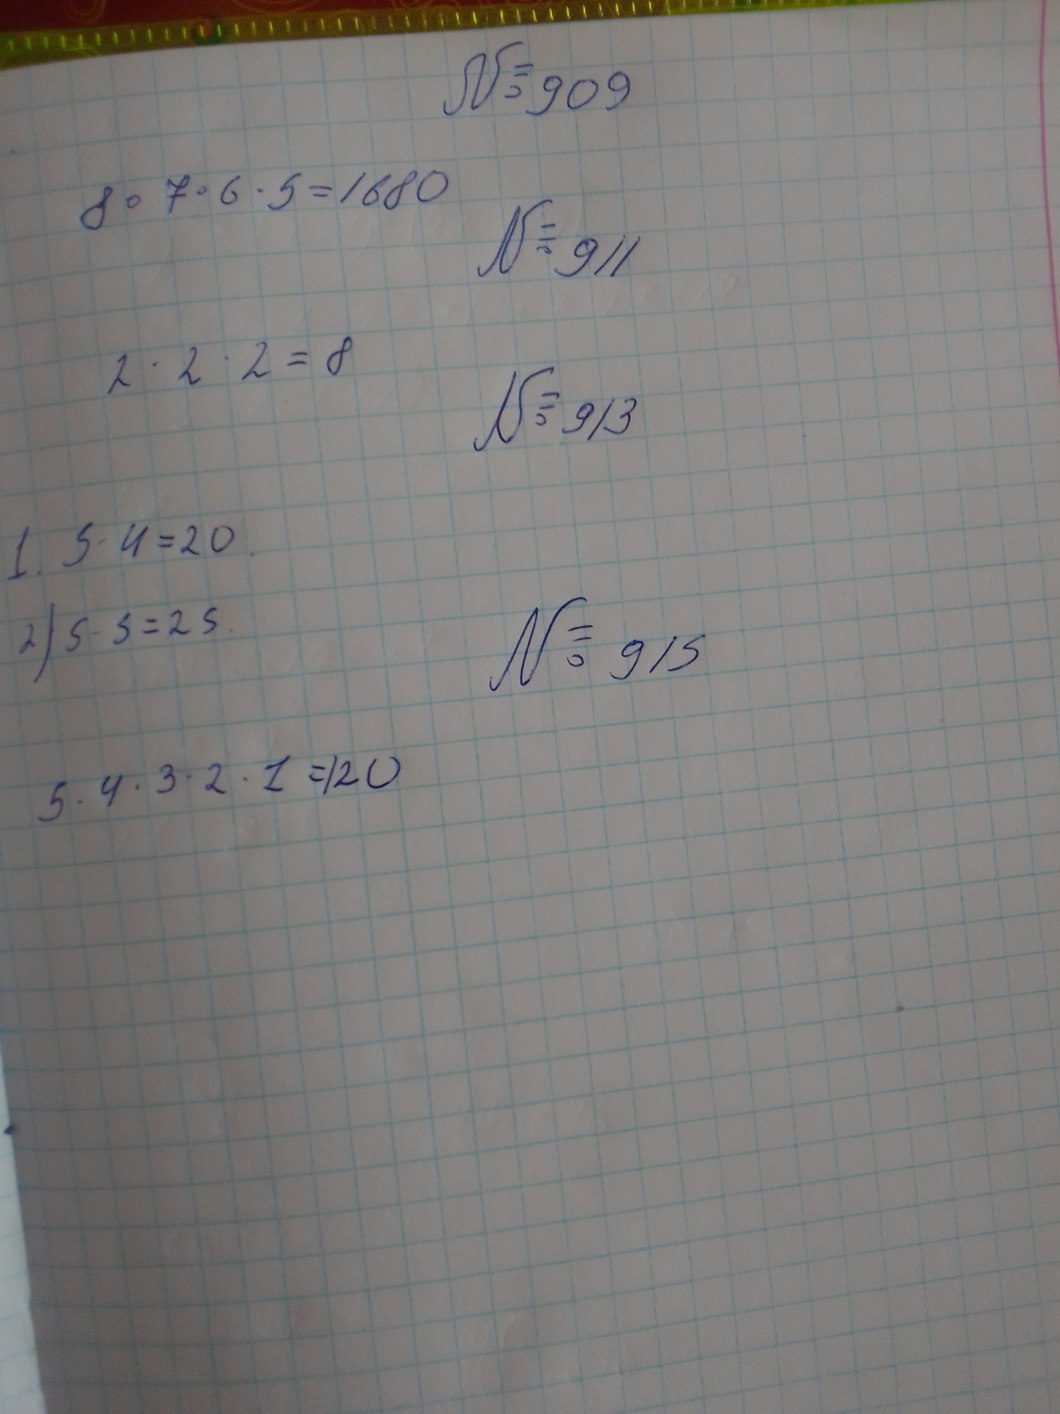
№ 909
8 * 7 * 6 * 5 = 1680
№ 911
2 * 2 * 2 = 8
№ 913
1. 5 * 4 = 20
№ 915
2) 5 * 5 = 25
5 * 4 * 3 * 2 * 1 = 120